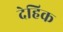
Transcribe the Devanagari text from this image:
देहिक